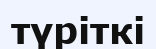
түріткі